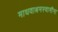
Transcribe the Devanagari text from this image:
माधवाश्रमस्वामींना